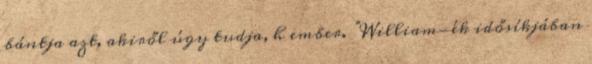
bántja azt, akiről úgy tudja, h ember. “William-ék idősíkjában